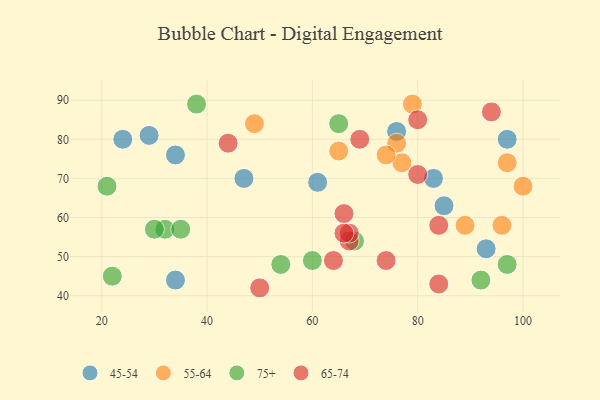
{"axis": {"x": "GDP", "y": "Life Expectancy"}, "legend": ["45-54", "55-64", "65-74", "75+"], "data": [{"x": "83", "y": 70, "type": "45-54"}, {"x": "29", "y": 81, "type": "45-54"}, {"x": "34", "y": 44, "type": "45-54"}, {"x": "34", "y": 76, "type": "45-54"}, {"x": "76", "y": 82, "type": "45-54"}, {"x": "24", "y": 80, "type": "45-54"}, {"x": "97", "y": 80, "type": "45-54"}, {"x": "85", "y": 63, "type": "45-54"}, {"x": "93", "y": 52, "type": "45-54"}, {"x": "61", "y": 69, "type": "45-54"}, {"x": "47", "y": 70, "type": "45-54"}, {"x": "89", "y": 58, "type": "55-64"}, {"x": "76", "y": 79, "type": "55-64"}, {"x": "96", "y": 58, "type": "55-64"}, {"x": "77", "y": 74, "type": "55-64"}, {"x": "49", "y": 84, "type": "55-64"}, {"x": "100", "y": 68, "type": "55-64"}, {"x": "79", "y": 89, "type": "55-64"}, {"x": "97", "y": 74, "type": "55-64"}, {"x": "74", "y": 76, "type": "55-64"}, {"x": "65", "y": 77, "type": "55-64"}, {"x": "92", "y": 44, "type": "75+"}, {"x": "32", "y": 57, "type": "75+"}, {"x": "97", "y": 48, "type": "75+"}, {"x": "38", "y": 89, "type": "75+"}, {"x": "22", "y": 45, "type": "75+"}, {"x": "21", "y": 68, "type": "75+"}, {"x": "60", "y": 49, "type": "75+"}, {"x": "54", "y": 48, "type": "75+"}, {"x": "68", "y": 54, "type": "75+"}, {"x": "35", "y": 57, "type": "75+"}, {"x": "30", "y": 57, "type": "75+"}, {"x": "65", "y": 84, "type": "75+"}, {"x": "66", "y": 61, "type": "65-74"}, {"x": "84", "y": 58, "type": "65-74"}, {"x": "64", "y": 49, "type": "65-74"}, {"x": "69", "y": 80, "type": "65-74"}, {"x": "67", "y": 54, "type": "65-74"}, {"x": "74", "y": 49, "type": "65-74"}, {"x": "44", "y": 79, "type": "65-74"}, {"x": "67", "y": 56, "type": "65-74"}, {"x": "94", "y": 87, "type": "65-74"}, {"x": "50", "y": 42, "type": "65-74"}, {"x": "66", "y": 56, "type": "65-74"}, {"x": "80", "y": 71, "type": "65-74"}, {"x": "80", "y": 85, "type": "65-74"}, {"x": "84", "y": 43, "type": "65-74"}]}